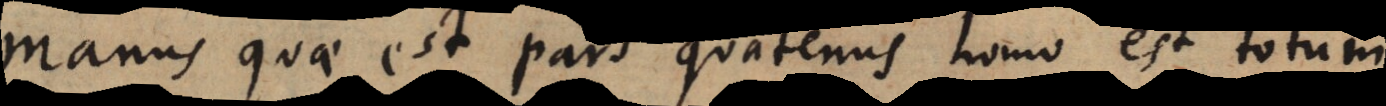
manus quae est pars quatenus homo est totum.